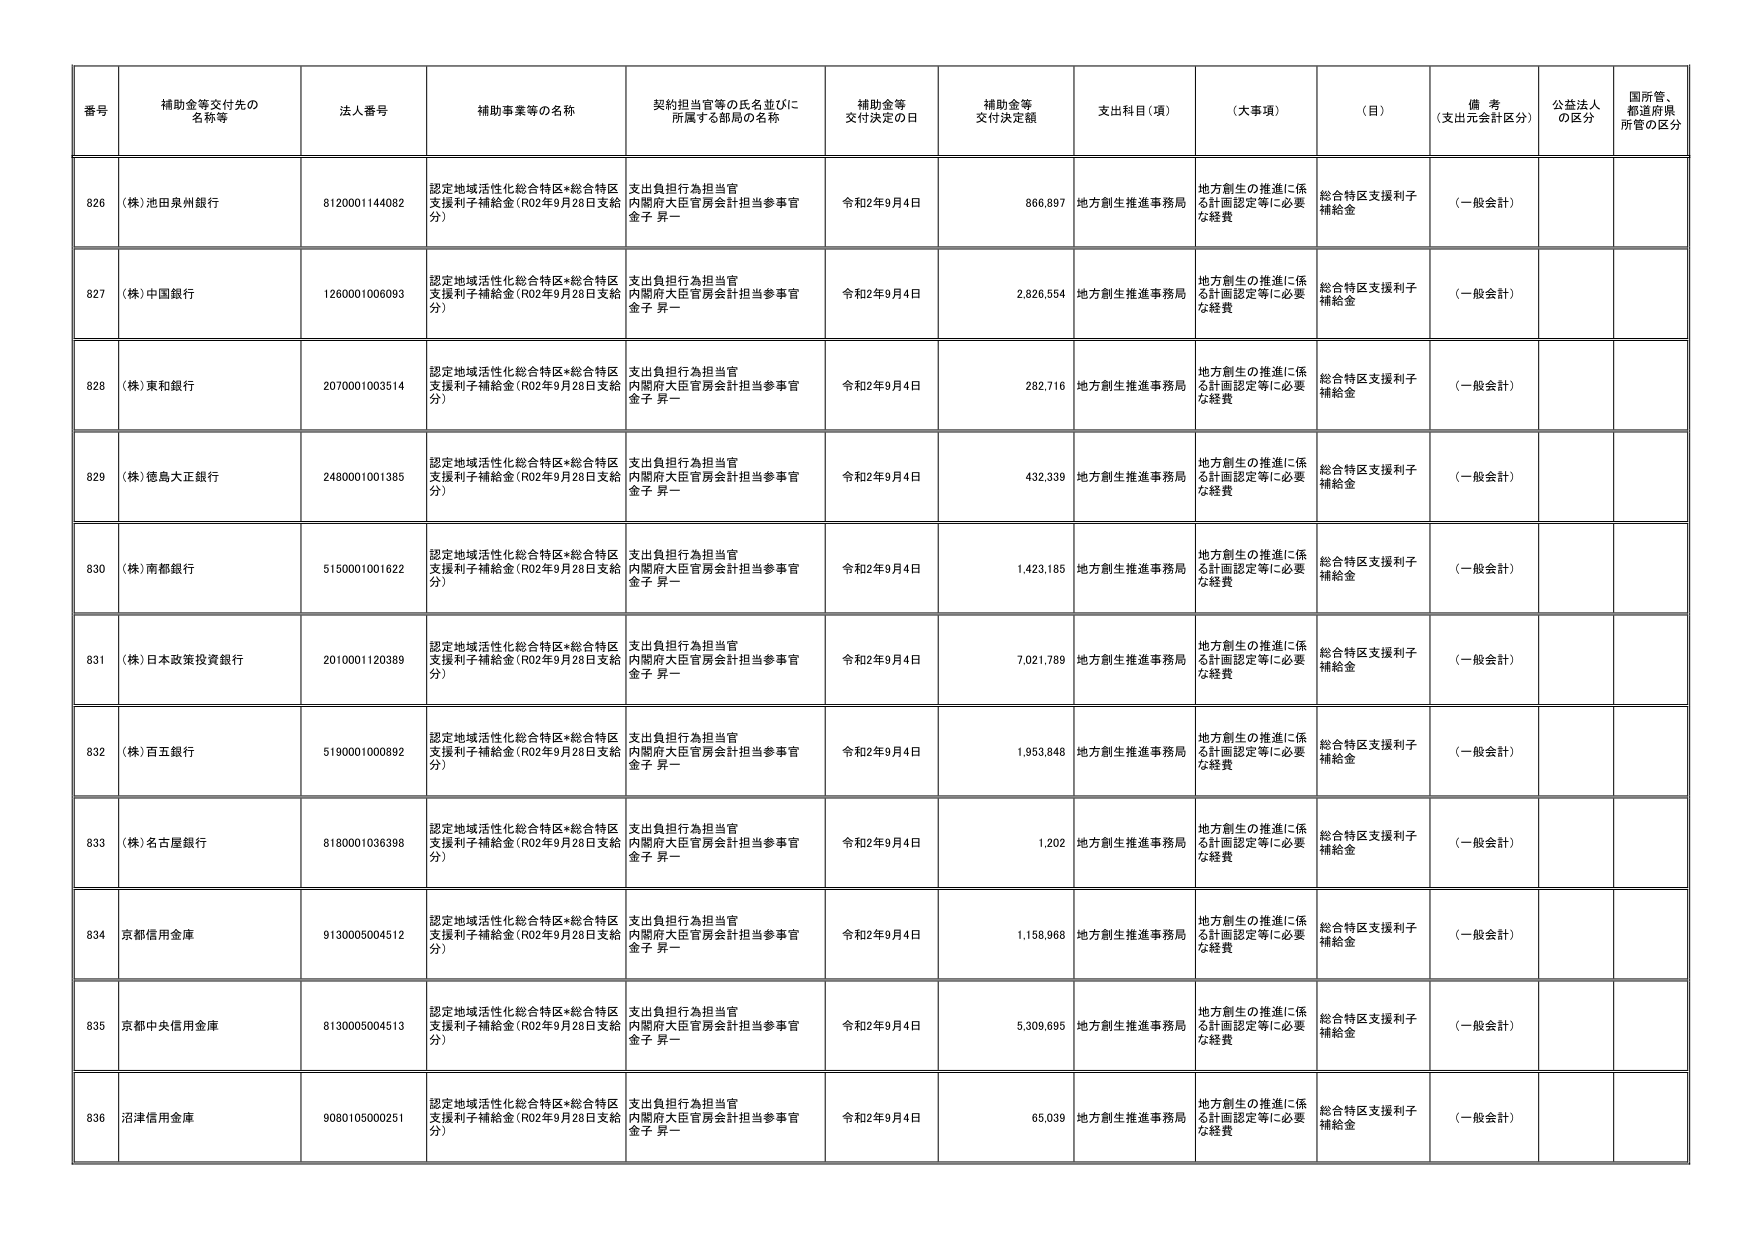
番号 補助金等交付先の名称等 法人番号 補助事業等の名称 契約担当官等の氏名並びに所属する部局の名称 補助金等交付決定の日 補助金等交付決定額 支出科目（項） （大事項） （目） 備考（支出元会計区分） 公益法人の区分 国所管、都道府県所管の区分
826 （株）池田泉州銀行 8120001144082 認定地域活性化総合特区*総合特区支援利子補給金（R02年9月28日支給分） 支出負担行為担当官 内閣府大臣官房会計担当参事官 金子 昇一 令和2年9月4日 866,897 地方創生推進事務局 地方創生の推進に係る計画認定等に必要な経費 総合特区支援利子補給金 （一般会計）
827 （株）中国銀行 1260001006093 認定地域活性化総合特区*総合特区支援利子補給金（R02年9月28日支給分） 支出負担行為担当官 内閣府大臣官房会計担当参事官 金子 昇一 令和2年9月4日 2,826,554 地方創生推進事務局 地方創生の推進に係る計画認定等に必要な経費 総合特区支援利子補給金 （一般会計）
828 （株）東和銀行 2070001003514 認定地域活性化総合特区*総合特区支援利子補給金（R02年9月28日支給分） 支出負担行為担当官 内閣府大臣官房会計担当参事官 金子 昇一 令和2年9月4日 282,716 地方創生推進事務局 地方創生の推進に係る計画認定等に必要な経費 総合特区支援利子補給金 （一般会計）
829 （株）徳島大正銀行 2480001001385 認定地域活性化総合特区*総合特区支援利子補給金（R02年9月28日支給分） 支出負担行為担当官 内閣府大臣官房会計担当参事官 金子 昇一 令和2年9月4日 432,339 地方創生推進事務局 地方創生の推進に係る計画認定等に必要な経費 総合特区支援利子補給金 （一般会計）
830 （株）南都銀行 5150001001622 認定地域活性化総合特区*総合特区支援利子補給金（R02年9月28日支給分） 支出負担行為担当官 内閣府大臣官房会計担当参事官 金子 昇一 令和2年9月4日 1,423,185 地方創生推進事務局 地方創生の推進に係る計画認定等に必要な経費 総合特区支援利子補給金 （一般会計）
831 （株）日本政策投資銀行 2010001120389 認定地域活性化総合特区*総合特区支援利子補給金（R02年9月28日支給分） 支出負担行為担当官 内閣府大臣官房会計担当参事官 金子 昇一 令和2年9月4日 7,021,789 地方創生推進事務局 地方創生の推進に係る計画認定等に必要な経費 総合特区支援利子補給金 （一般会計）
832 （株）百五銀行 5190001000892 認定地域活性化総合特区*総合特区支援利子補給金（R02年9月28日支給分） 支出負担行為担当官 内閣府大臣官房会計担当参事官 金子 昇一 令和2年9月4日 1,953,848 地方創生推進事務局 地方創生の推進に係る計画認定等に必要な経費 総合特区支援利子補給金 （一般会計）
833 （株）名古屋銀行 8180001036398 認定地域活性化総合特区*総合特区支援利子補給金（R02年9月28日支給分） 支出負担行為担当官 内閣府大臣官房会計担当参事官 金子 昇一 令和2年9月4日 1,202 地方創生推進事務局 地方創生の推進に係る計画認定等に必要な経費 総合特区支援利子補給金 （一般会計）
834 京都信用金庫 9130005004512 認定地域活性化総合特区*総合特区支援利子補給金（R02年9月28日支給分） 支出負担行為担当官 内閣府大臣官房会計担当参事官 金子 昇一 令和2年9月4日 1,158,968 地方創生推進事務局 地方創生の推進に係る計画認定等に必要な経費 総合特区支援利子補給金 （一般会計）
835 京都中央信用金庫 8130005004513 認定地域活性化総合特区*総合特区支援利子補給金（R02年9月28日支給分） 支出負担行為担当官 内閣府大臣官房会計担当参事官 金子 昇一 令和2年9月4日 5,309,695 地方創生推進事務局 地方創生の推進に係る計画認定等に必要な経費 総合特区支援利子補給金 （一般会計）
836 沼津信用金庫 9080105000251 認定地域活性化総合特区*総合特区支援利子補給金（R02年9月28日支給分） 支出負担行為担当官 内閣府大臣官房会計担当参事官 金子 昇一 令和2年9月4日 65,039 地方創生推進事務局 地方創生の推進に係る計画認定等に必要な経費 総合特区支援利子補給金 （一般会計）